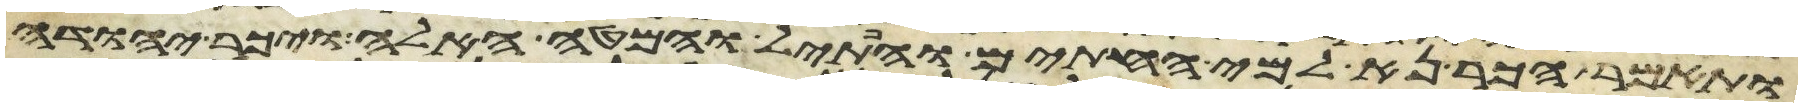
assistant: ותאמר הכר נא למי החתים והפתיל והמטה האלה ויכר יהודה